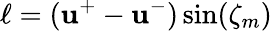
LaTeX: \ell=(\mathbf{u}^{+}-\mathbf{u}^{-})\sin(\zeta_{m})